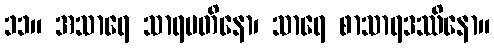
၁၁။ အသာရေ သာရမတိနော၊ သာရေ စာသာရဒဿိနော။